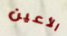
الأعين